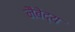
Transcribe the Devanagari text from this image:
नैबेद्य